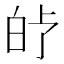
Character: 𤽗